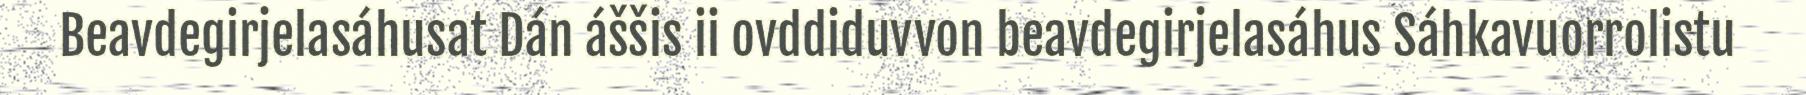
Beavdegirjelasáhusat Dán áššis ii ovddiduvvon beavdegirjelasáhus Sáhkavuorrolistu